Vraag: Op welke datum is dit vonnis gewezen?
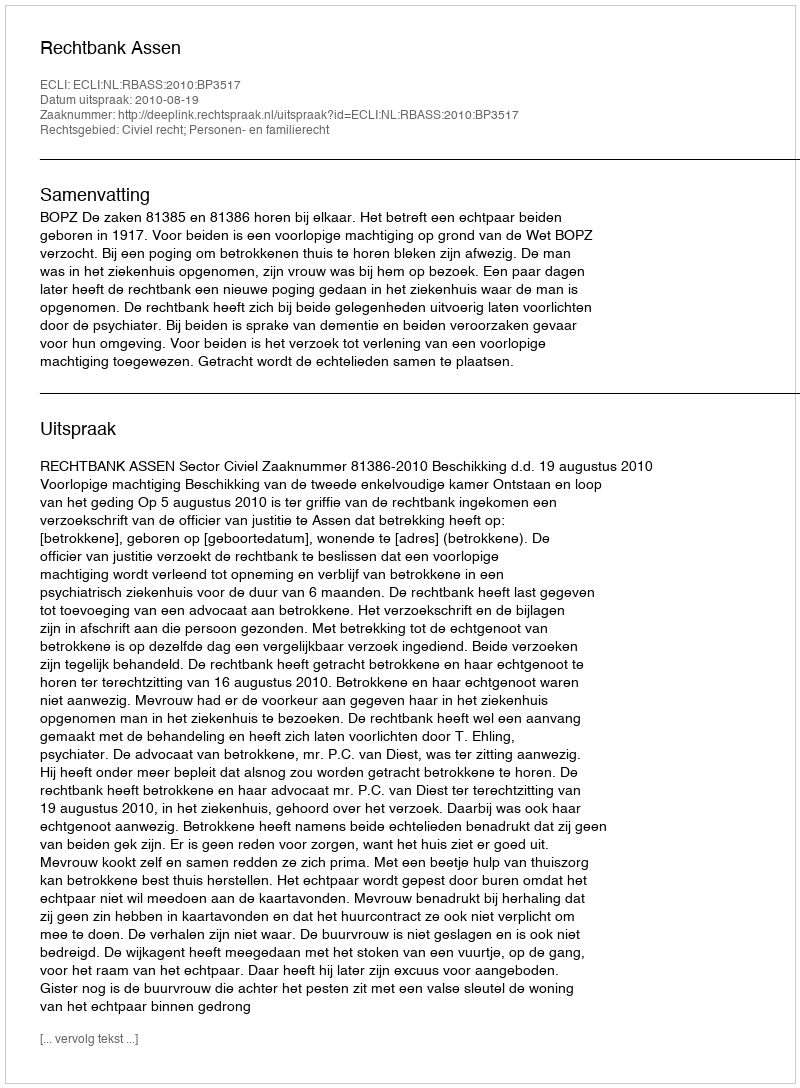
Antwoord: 2010-08-19